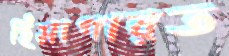
হিমাগারত